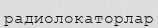
радиолокаторлар